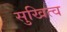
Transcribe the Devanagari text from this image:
सुखित्व